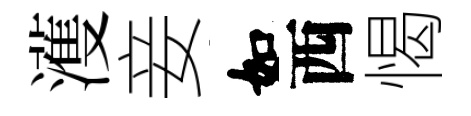
濩妾如西愒